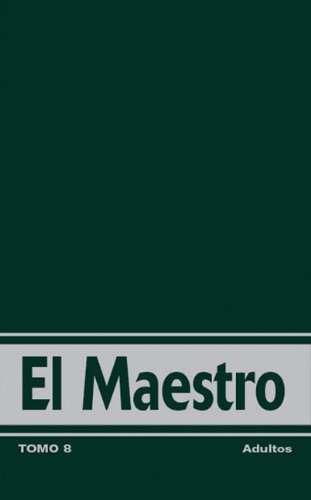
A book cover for El Maestro, Tomo 12  (Spanish Edition); Zondervan; Christian Books & Bibles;